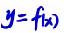
$y = f(x)$